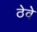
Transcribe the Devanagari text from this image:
ठेवे